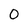
Character: 0